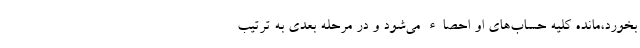
بخورد،مانده کلیه حساب‌های او احصاء می‌شود و در مرحله بعدی به ترتیب